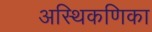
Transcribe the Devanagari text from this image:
अस्थिकणिका